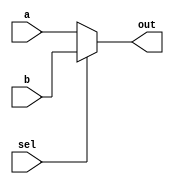
module mux2to1(input sel, a, b, output out);
	assign out = sel?b:a;
endmodule